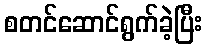
စတင်ဆောင်ရွက်ခဲ့ပြီး